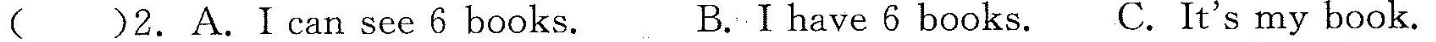
( )2.A.I can see 6 books. B.I have 6 books. C.It's my book.